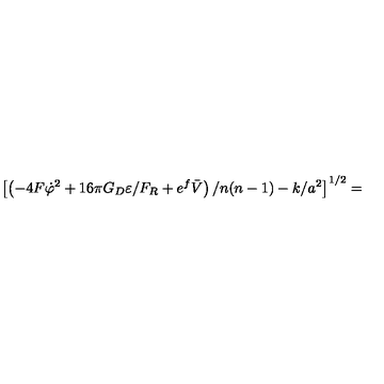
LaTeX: \left[ \left( - 4 F \dot { \varphi } ^ { 2 } + 1 6 \pi G _ { D } \varepsilon / F _ { R } + e ^ { f } \bar { V } \right) / n ( n - 1 ) - k / a ^ { 2 } \right] ^ { 1 / 2 } =